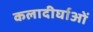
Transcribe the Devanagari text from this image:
कलादीर्घाओं